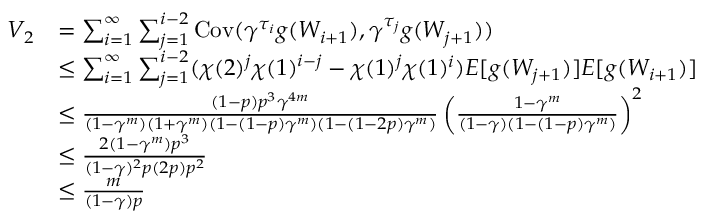
\begin{array} { r l } { V _ { 2 } } & { = \sum _ { i = 1 } ^ { \infty } \sum _ { j = 1 } ^ { i - 2 } \mathrm { C o v } ( \gamma ^ { \tau _ { i } } g ( W _ { i + 1 } ) , \gamma ^ { \tau _ { j } } g ( W _ { j + 1 } ) ) } \\ & { \leq \sum _ { i = 1 } ^ { \infty } \sum _ { j = 1 } ^ { i - 2 } ( \chi ( 2 ) ^ { j } \chi ( 1 ) ^ { i - j } - \chi ( 1 ) ^ { j } \chi ( 1 ) ^ { i } ) E [ g ( W _ { j + 1 } ) ] E [ g ( W _ { i + 1 } ) ] } \\ & { \leq \frac { ( 1 - p ) p ^ { 3 } \gamma ^ { 4 m } } { ( 1 - \gamma ^ { m } ) ( 1 + \gamma ^ { m } ) ( 1 - ( 1 - p ) \gamma ^ { m } ) ( 1 - ( 1 - 2 p ) \gamma ^ { m } ) } \left( \frac { 1 - \gamma ^ { m } } { ( 1 - \gamma ) ( 1 - ( 1 - p ) \gamma ^ { m } ) } \right) ^ { 2 } } \\ & { \leq \frac { 2 ( 1 - \gamma ^ { m } ) p ^ { 3 } } { ( 1 - \gamma ) ^ { 2 } p ( 2 p ) p ^ { 2 } } } \\ & { \leq \frac { m } { ( 1 - \gamma ) p } } \end{array}